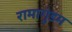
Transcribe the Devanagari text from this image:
रामागुंडम